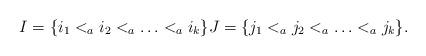
LaTeX: \begin{align*}I = \{i_1 <_a i_2 <_a \ldots <_a i_k\} J = \{j_1 <_a j_2 <_a \ldots <_a j_k\}.\end{align*}